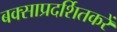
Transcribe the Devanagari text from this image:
बक्साप्रदर्शितकरें